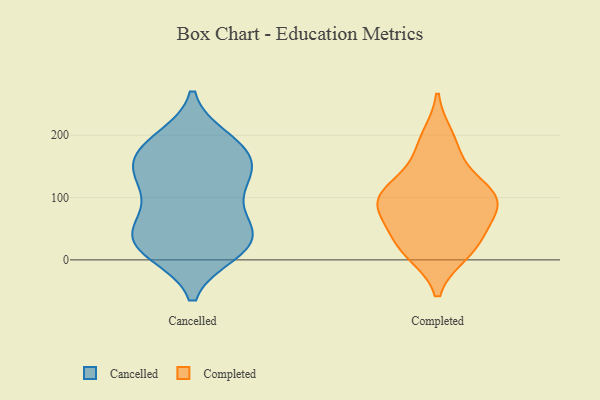
{"axis": {"x": "Revenue (USD Million)", "y": "Value"}, "legend": ["Cancelled", "Completed"], "data": [{"x": "", "y": 186, "type": "Cancelled"}, {"x": "", "y": 128, "type": "Cancelled"}, {"x": "", "y": 193, "type": "Cancelled"}, {"x": "", "y": 183, "type": "Cancelled"}, {"x": "", "y": 19, "type": "Cancelled"}, {"x": "", "y": 21, "type": "Cancelled"}, {"x": "", "y": 125, "type": "Cancelled"}, {"x": "", "y": 12, "type": "Cancelled"}, {"x": "", "y": 23, "type": "Cancelled"}, {"x": "", "y": 51, "type": "Cancelled"}, {"x": "", "y": 65, "type": "Cancelled"}, {"x": "", "y": 160, "type": "Cancelled"}, {"x": "", "y": 116, "type": "Cancelled"}, {"x": "", "y": 169, "type": "Cancelled"}, {"x": "", "y": 62, "type": "Cancelled"}, {"x": "", "y": 157, "type": "Cancelled"}, {"x": "", "y": 51, "type": "Cancelled"}, {"x": "", "y": 130, "type": "Cancelled"}, {"x": "", "y": 21, "type": "Cancelled"}, {"x": "", "y": 92, "type": "Completed"}, {"x": "", "y": 27, "type": "Completed"}, {"x": "", "y": 38, "type": "Completed"}, {"x": "", "y": 87, "type": "Completed"}, {"x": "", "y": 94, "type": "Completed"}, {"x": "", "y": 13, "type": "Completed"}, {"x": "", "y": 75, "type": "Completed"}, {"x": "", "y": 195, "type": "Completed"}, {"x": "", "y": 101, "type": "Completed"}, {"x": "", "y": 17, "type": "Completed"}, {"x": "", "y": 123, "type": "Completed"}, {"x": "", "y": 110, "type": "Completed"}, {"x": "", "y": 175, "type": "Completed"}]}